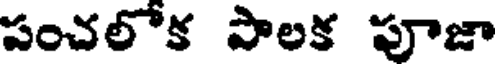
పంచలోక పాలక పూజా